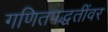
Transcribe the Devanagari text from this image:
गणितपद्धतींवर